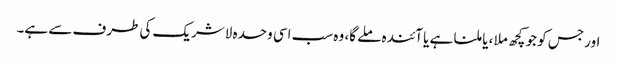
اور جس کو جو کچھ ملا ، یا ملنا ہے یا آئندہ ملے گا، وہ سب اسی وحدہ لاشریک کی طرف سے ہے۔